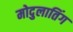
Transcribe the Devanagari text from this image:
मोदुलातिंग